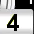
Digit: 3